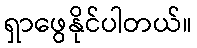
ရှာဖွေနိုင်ပါတယ်။